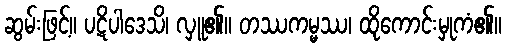
ဆွမ်းဖြင့်။ ပဋိပါဒေသိ၊ လှူ၏။ တဿကမ္မဿ၊ ထိုကောင်းမှုကံ၏။